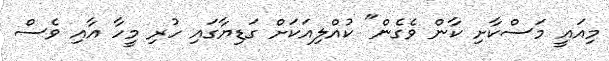
މިއައީ މަސްކާށި ކާން ވެގެން" ކުއްލިއަކަށް ގަޑިޔާގައި ހުރި މީހާ އާއި ވެސް